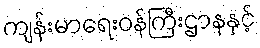
ကျန်းမာရေးဝန်ကြီးဌာနနှင့်